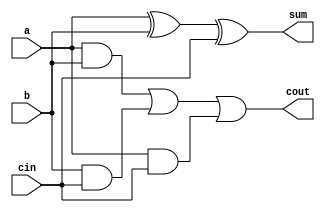
module one_bit_full_adder (a, b, cin, sum, cout);

   input a;
   input b;
   input cin;

   output sum;
   wire sum;
   output cout;
   wire cout;

   assign sum=a^b^cin;//^ denotes XOR
   assign cout=((a&b) | (b&cin) | (a&cin));// if any two of a, b, cin are 1 then cout is 1

endmodule